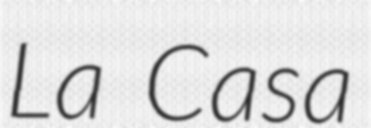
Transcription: La Casa